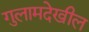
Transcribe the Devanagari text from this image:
गुलामदेखील